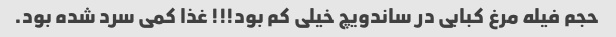
حجم فیله مرغ کبابی در ساندویچ خیلی کم بود!!! غذا کمی سرد شده بود.